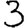
Digit: 3